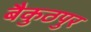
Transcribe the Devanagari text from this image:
बैकुठपुर